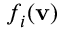
f _ { i } ( \mathbf { v } )